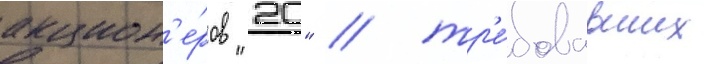
акцион'е́ров "20" / тр'е́бовавших